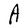
Character: A